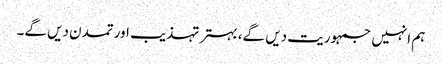
ہم انہیں جمہوریت دیں گے، بہتر تہذیب اور تمدن دیں گے۔